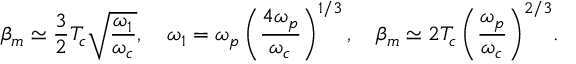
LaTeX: \displaystyle { \beta _ { m } \simeq \frac { 3 } { 2 } T _ { c } \sqrt { \frac { \omega _ { 1 } } { \omega _ { c } } } , \quad \omega _ { 1 } = \omega _ { p } \left( \frac { 4 \omega _ { p } } { \omega _ { c } } \right) ^ { 1 / 3 } , \quad \beta _ { m } \simeq 2 T _ { c } \left( \frac { \omega _ { p } } { \omega _ { c } } \right) ^ { 2 / 3 } } .